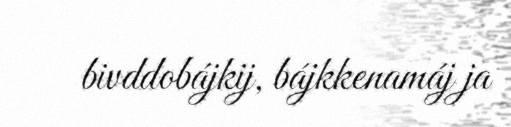
bivddobájkij, bájkkenamáj ja